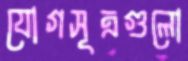
যোগসূত্রগুলো